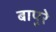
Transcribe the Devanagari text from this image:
बापुरे